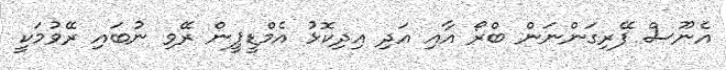
އެނޫސް ފޭރިގަންނަން ބްރޯ އާއި އަދި އިދިކޮޅު އެމްޑީޕީން ރޭވި ނުބައި ރޭވުމަކީ